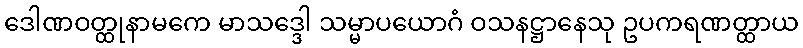
ဒေါဏဝတ္ထုနာမကေ မာသဒ္ဒေါ သမ္မာပယောဂံ ဝသနဋ္ဌာနေသု ဥပကရဏတ္ထာယ